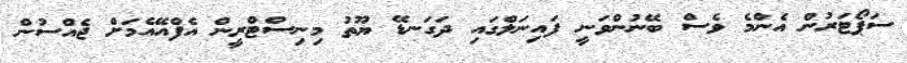
ސަޕޯޓަރުން އެންމެ ވެސް ބޭނުންވަނީ ފައިނަލްގައި ދަގަނޑޭ ޔޫތު މިނިސްޓްރީން އެފްއޭއެމަށް ޖެއްސުން